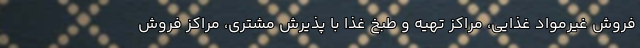
فروش غیرمواد غذایی، مراکز تهیه و طبخ غذا با پذیرش مشتری، مراکز فروش